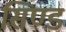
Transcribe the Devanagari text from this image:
सिण्ड